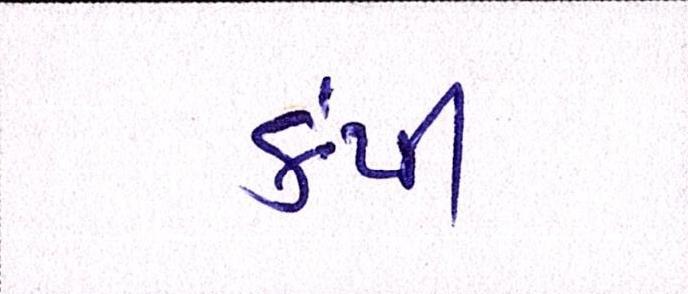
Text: કંપી